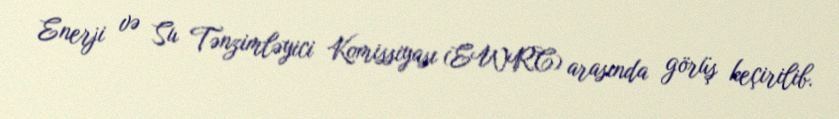
Enerji və Su Tənzimləyici Komissiyası (EWRC) arasında görüş keçirilib.